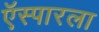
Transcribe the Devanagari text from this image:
ऍस्पारला